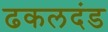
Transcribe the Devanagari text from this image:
ढकलदंड